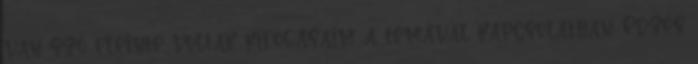
van szó eleinte voltak kifogásaim a témával kapcsolatban. Edzés